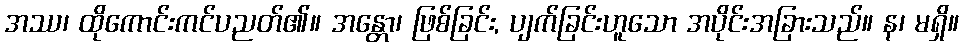
အဿ၊ ထိုကောင်းကင်ပညတ်၏။ အန္တော၊ ဖြစ်ခြင်း, ပျက်ခြင်းဟူသော အပိုင်းအခြားသည်။ န၊ မရှိ။